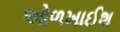
ઓળખાઈશ